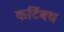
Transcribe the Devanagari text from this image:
कटिंबध